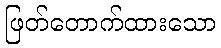
ဖြတ်တောက်ထားသော